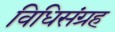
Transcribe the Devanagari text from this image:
विधिसंग्रह